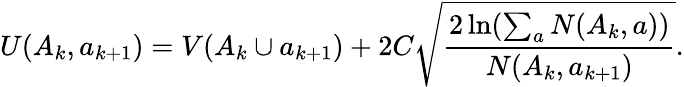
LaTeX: U(A_{k},a_{k+1})=V(A_{k}\cup a_{k+1})+2C\sqrt{\frac{2\ln(\sum_{a}N(A_{k},a))}{N(A_{k},a_{k+1})}}.